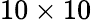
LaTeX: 10\times 10